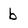
Character: b